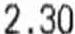
2.30